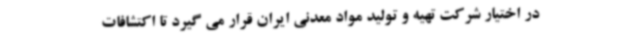
در اختیار شرکت تهیه و تولید مواد معدنی ایران قرار می گیرد تا اکتشافات